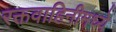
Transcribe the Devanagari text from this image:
रक्तवाहिनीमध्ये